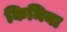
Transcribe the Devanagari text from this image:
किमिया